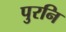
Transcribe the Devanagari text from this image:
पुरनि